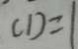
C D =